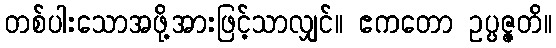
တစ်ပါးသောအဖို့အားဖြင့်သာလျှင်။ ဧကတော ဥပ္ပဇ္ဇတိ။